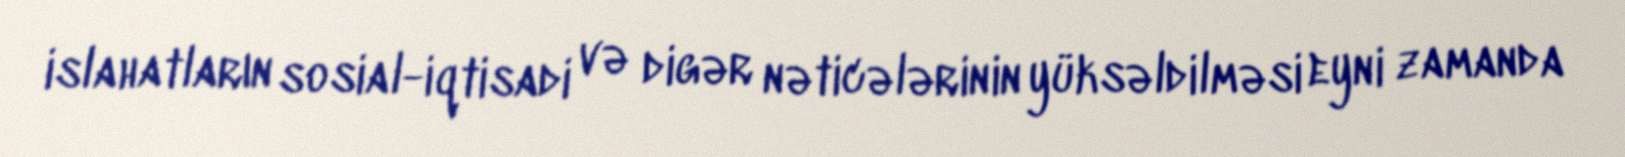
islahatların sosial-iqtisadi və digər nəticələrinin yüksəldilməsi eyni zamanda